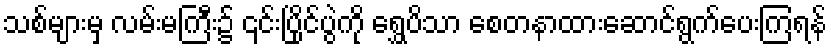
သစ်များမှ လမ်းမကြီး၌ ၎င်းပြိုင်ပွဲကို ရွှေပိသာ စေတနာထားဆောင်ရွက်ပေးကြရန်